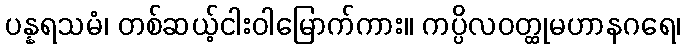
ပန္နရသမံ၊ တစ်ဆယ့်ငါးဝါမြောက်ကား။ ကပ္ပိလဝတ္ထုမဟာနဂရေ၊